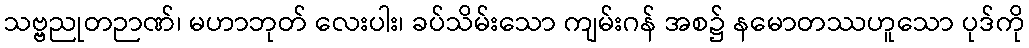
သဗ္ဗညုတဉာဏ်၊ မဟာဘုတ် လေးပါး၊ ခပ်သိမ်းသော ကျမ်းဂန် အစ၌ နမောတဿဟူသော ပုဒ်ကို